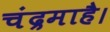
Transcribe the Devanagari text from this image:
चंद्रमाहै।